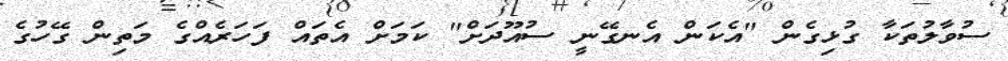
ސުވާލުތަކާ ގުޅިގެން "އެކަން އެނގޭނީ ސުއޫދަށް" ކަމަށް އެތައް ފަހަރެއްގެ މަތިން ގޭހުގެ